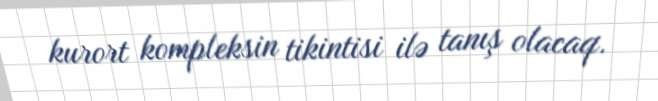
kurort kompleksin tikintisi ilə tanış olacaq.